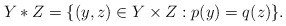
\begin{gather*}Y*Z=\{(y,z)\in Y\times Z: p(y)=q(z)\}.\end{gather*}